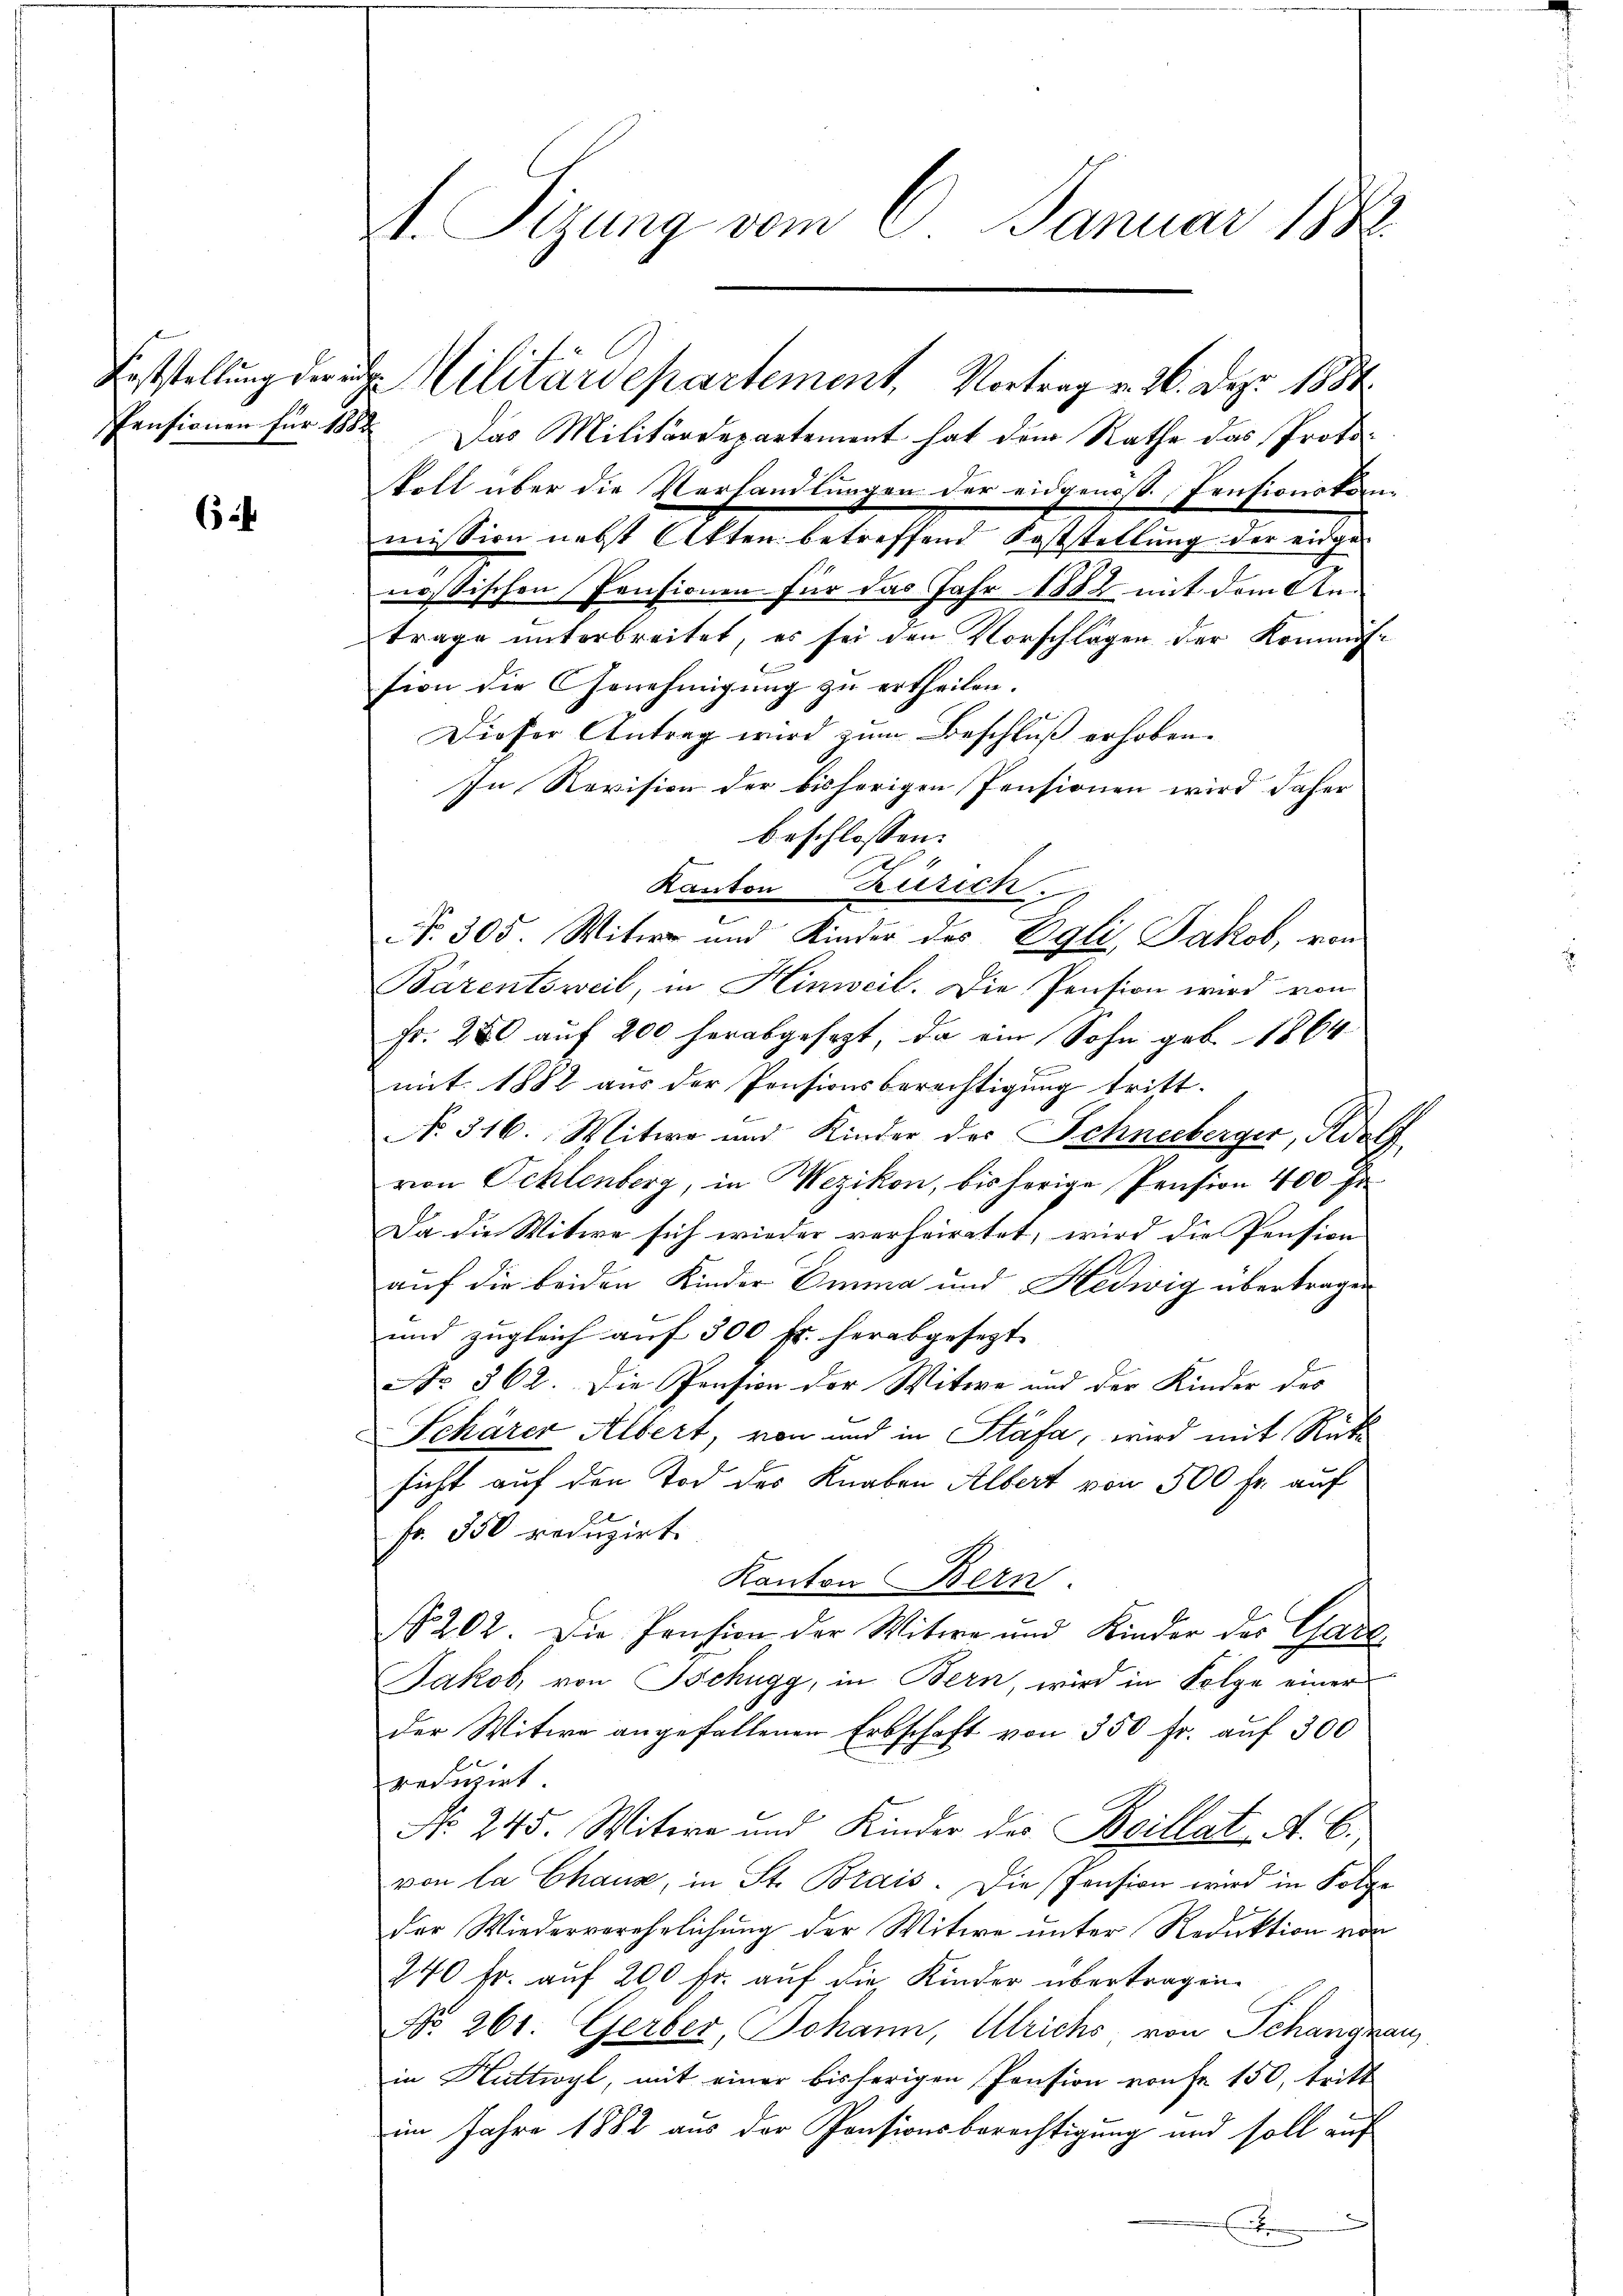
Pensionen für 1882

6

1. Sizung vom 6. Januar 188

Das Militärdepartement hat dem Rathe das Protostoll über die Verhandlungen der eidgenoss. Pensionstanmission nebst Akten betreffend Feststellung der eidgenössischen Pensionen für das Jahr 1882 mit dem Antrage unterbreitet, es sei den Vorschlägen der Kommis-
sion die Genehmigung zu ertheilen.
Dieser Antrag wird zum Beschluß erhoben.
In Revision der bisherigen Pensionen wird daher
beschlossen:
Kanton Zürich
e
No. 305. Witwe und Kinder des Egli, Jakob, von
Barentsweil, in Hinweil. Die Pension wird von
Fr. 250 auf 200 herabgesezt, da ein Sohn geb. 1864
mit. 1882 aus der Pensionsberechtigung tritt.
No. 316. Mitwe und Kinder des Schneeberger, Adolf
von Ocklenberg, in Wezikon, bis herige Pension 400 Fr
Da die Witwe sich wieder verheiratet, wird die Pension
auf die beiden Kinder Emma und Hedwig übertragen
und zugleich auf 300 fr. herabgesezt
Nr 362. Die Pension der Witwe und der Kinder des
Schärer Albert, von und in Stäfa, wird mit Rücksicht auf den Tod des Knaben Albert von 500 fr. auf
Fr. 350 reduzirt.
Kanton Bern.
N 202. Die Pension der Witwe und Kinder der Gade
Jakob, von Tschugg, in Bern, wird in Folge einer
der Witwe angefallenen Erbschaft von 350 Fr. auf 300
reducirt
No. 245. Witwe und Kinder des Boillat A. E.,
von la Chaus, in St. Brais. Die Pension wird in Folge
der Wiederverehelichung der Witwe unter Reduktion von
240 fr. auf 200 fr. auf die Kinder übertragen.
No. 261. Gerber, Johann, Ulrichs von Schangnau
in Huttwyl, mit einer bisherigen Pension von Fr. 150, tritt
im Jahre 1882 aus der Pensionsberechtigung und soll auf
E

Feststellung der eige Militärdepartement, Vortrag v. 26. Dez. 1884.